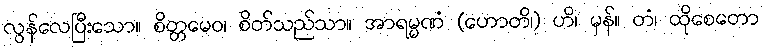
လွန်လေပြီးသော။ စိတ္တမေဝ၊ စိတ်သည်သာ။ အာရမ္မဏံ (ဟောတိ၊) ဟိ၊ မှန်။ တံ၊ ထိုစေတော